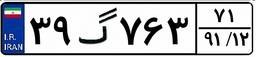
۳۹گ۷۶۳۷۱